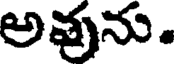
అవును.